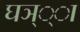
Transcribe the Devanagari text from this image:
घञ््‌ा